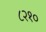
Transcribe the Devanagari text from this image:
८२१०